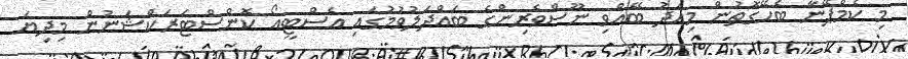
މި ކެމްޕޭނާ ބެހޭގޮތުން މިއަދު ބޭއްވި ނޫސްވެރިންގެ ބައްދަލުވުމުގައި އެސްޓީއޯ ކޮންސްޓަރަކްޝަނުން މިދިޔަ